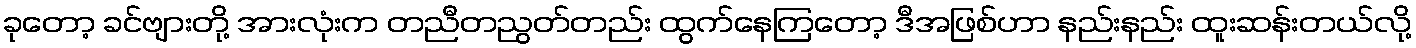
ခုတော့ ခင်ဗျားတို့ အားလုံးက တညီတညွတ်တည်း ထွက်နေကြတော့ ဒီအဖြစ်ဟာ နည်းနည်း ထူးဆန်းတယ်လို့